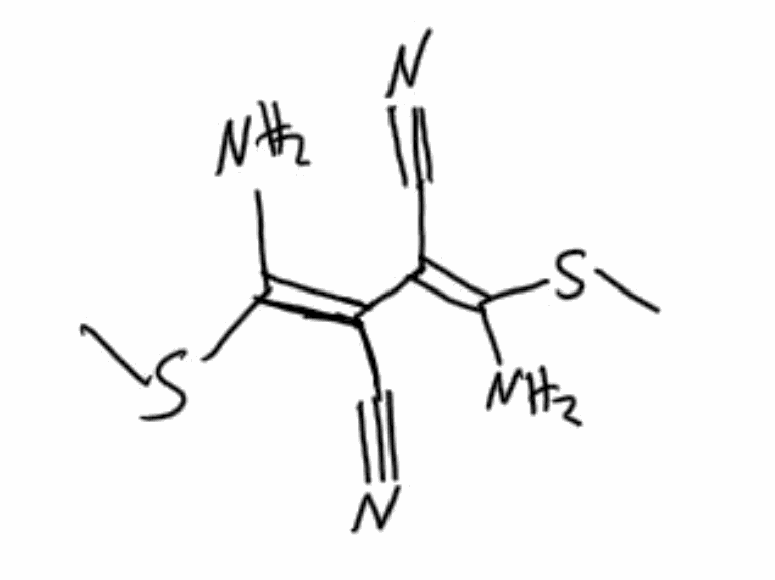
Simplified molecular-input line-entry system (SMILES) notation of the given molecule:
CS/C(=C(/C(=C(/SC)\N)/C#N)\C#N)/N